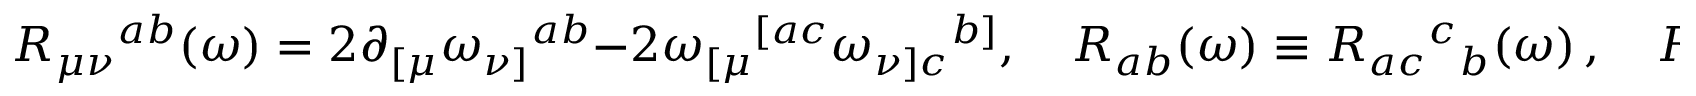
R _ { \mu \nu } { } ^ { a b } ( \omega ) = 2 \partial _ { [ \mu } \omega _ { \nu ] } { } ^ { a b } - 2 \omega _ { [ \mu } { } ^ { [ a c } \omega _ { \nu ] c } { } ^ { b ] } , \quad R _ { a b } ( \omega ) \equiv R _ { a c } { } ^ { c } { } _ { b } ( \omega ) \, , \quad R ( \omega ) \equiv R _ { a } { } ^ { a } ( \omega ) \, .